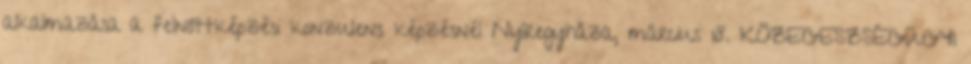
alkalmazása a felnőttképzési konzulens képzésnél Nyíregyháza, március 18. KÖZEGESZSÉGÜGYI